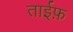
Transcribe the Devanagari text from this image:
ताईफ़